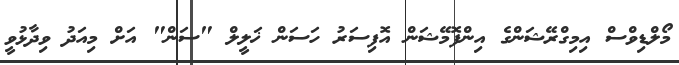
މޯލްޑިވްސް އިމިގްރޭޝަންގެ އިންފޮމޭޝަން އޮފިސަރު ހަސަން ޚަލީލް "ސަން" އަށް މިއަދު ވިދާޅުވީ